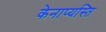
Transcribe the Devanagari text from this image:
केनाप्यस्ति